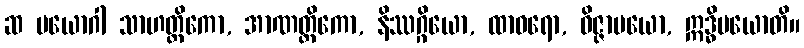
ဆ ပယောဂါ သာဟတ္ထိကော, အာဏတ္တိကော, နိဿဂ္ဂိယော, ထာဝရော, ဝိဇ္ဇာမယော, ဣဒ္ဓိမယောတိ။